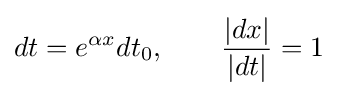
dt=e^{\alpha x}dt_{0},\qquad {\frac {|dx|}{|dt|}}=1